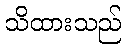
သိထားသည်